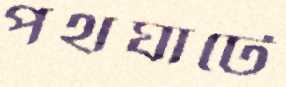
পথঘাটে